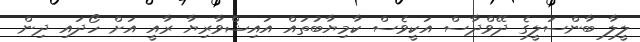
ލީލާ ބާންސަލީގެ ދޭވްދާސް އަކީވެސް ކާމިޔާބުތައް އައިޝްވާރިޔާ ރާއީ އަށް ހޯދައި ދިން